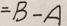
= B - A